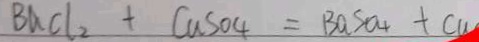
B a C l _ { 2 } + C a S O _ { 4 } = B a S O _ { 4 } + C u